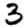
Digit: 3